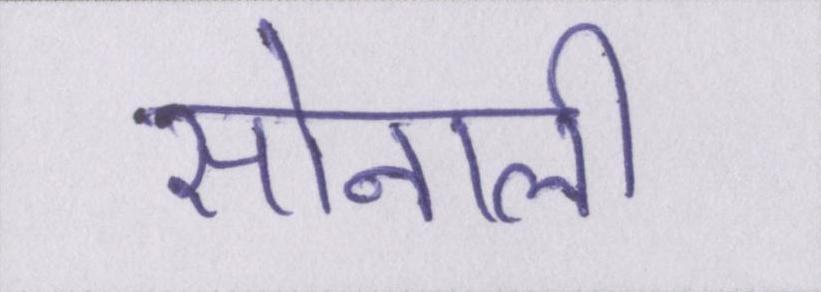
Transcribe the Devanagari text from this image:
सोनाली